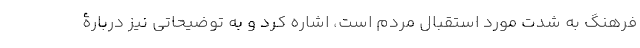
فرهنگ به شدت مورد استقبال مردم است، اشاره کرد و به توضیحاتی نیز دربارۀ